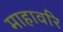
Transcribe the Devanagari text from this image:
माहावरि